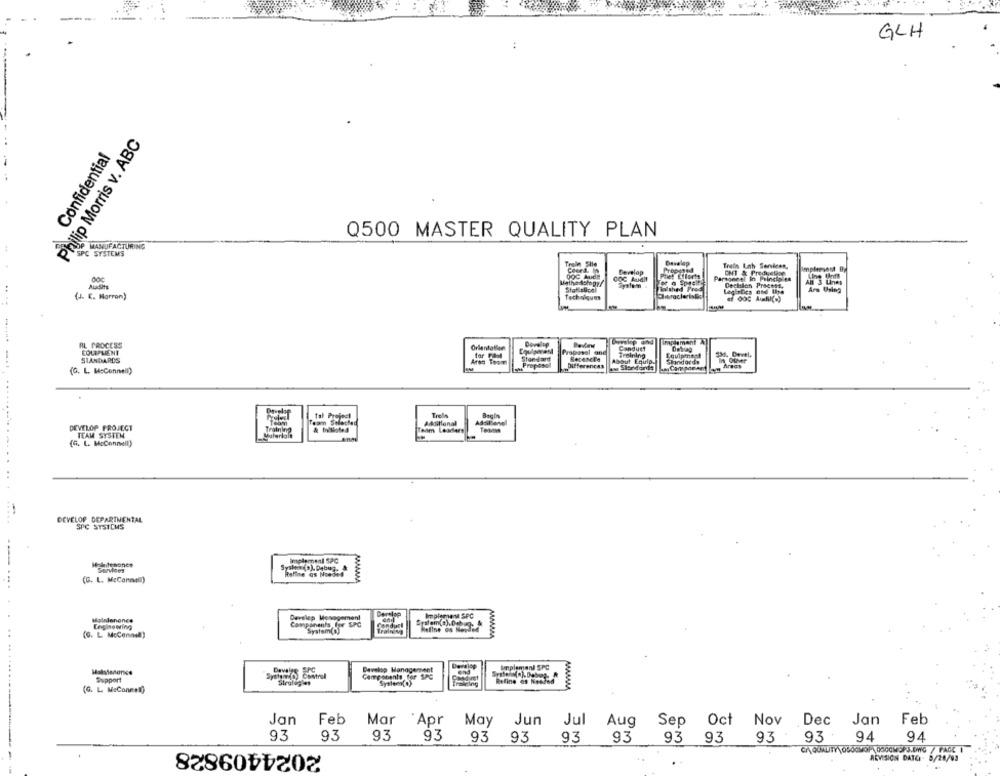
GLH
Philip Morris v. ABC
Confidential
Q500 MASTER QUALITY PLAN
OP MANUFACTURING
SPC SYSTEMS
Trale She
Trein Lah Services,
Develop
ONT & Prodistan
DOS Audi
OOG Audit
Phet Efforts
Personeel In Principles
Mathe Asloppy
Stattulicel
althe Frog
Dechlan Process,
{J. K. Marron)
Techniques
implement
RL PROCESS
Orientallan
Proposal and
Dekey
Conduct
STANDARDS
tar gaol
Standard
Recencia
Training
1 quipment
334, Devel.
Area Toom
Proposal
Differences
About Equip.
Standards
Slandorde
(O. L. McConnell)
Trelle
DEVELOP PROJECT
Team Selle
Team Leiters
Adsillanel
TEAM SYSTEM
Materials
& Initiated
(G. L. McConnell)
...............
DEVELOP DEPARTMENTAL
SPC STSICHS
Rafthe as Needed
(G. L. McConnell)
Dereise
Implemen SPC
Mginlenones
Develep Management
Components for SPC
System(O)
Conduct
Meline os Nesded
(G. L McConnell)
Train v
MAARMA
wwwwww
Implement SPC
Devalee SPC
Garroscents for SPC
Develop Management
Support
Refine es Nodded
(G. L. M.Conmel))
Jan
Feb
Mar
Apr
May
Jun
Jul
Aug
Sep
Oct
Nov Dec
Dec Jan Feb
93
93
93
9.3
93
93
9.3
94
2024409828
93
93 93
93 93
94
CAQUALITY \0500MOP \000CMSFJ.DWG / FAGC I
REVISION DATEI - 9/28/93